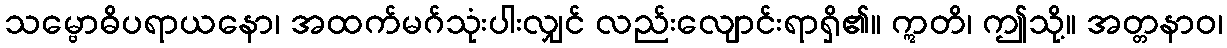
သမ္ဗောဓိပရာယနော၊ အထက်မဂ်သုံးပါးလျှင် လည်းလျောင်းရာရှိ၏။ ဣတိ၊ ဤသို့။ အတ္တနာဝ၊